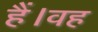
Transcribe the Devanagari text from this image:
हैं।वह